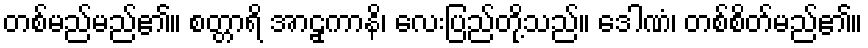
တစ်မည်မည်၏။ စတ္တာရိ အာဠှကာနိ၊ လေးပြည်တို့သည်။ ဒေါဏံ၊ တစ်စိတ်မည်၏။